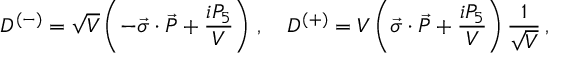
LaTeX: D ^ { ( - ) } = \sqrt { V } \left( - \vec { \sigma } \cdot \vec { P } + \frac { i P _ { 5 } } { V } \right) \, , \quad D ^ { ( + ) } = V \left( \vec { \sigma } \cdot \vec { P } + \frac { i P _ { 5 } } { V } \right) \frac { 1 } { \sqrt { V } } \, ,